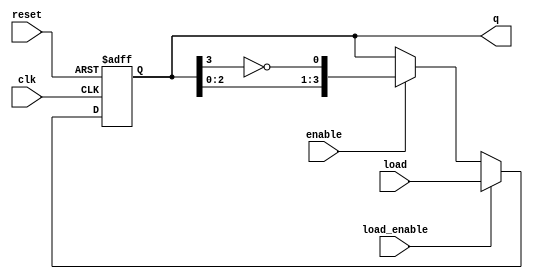
module johnson_counter #(
    parameter N = 4  // Number of flip-flops
)(
    input wire clk,          // Clock input
    input wire reset,        // Asynchronous reset
    input wire enable,       // Enable signal
    input wire [N-1:0] load, // Load input for initializing the counter
    input wire load_enable,   // Load enable signal
    output reg [N-1:0] q     // Counter output
);

    // Internal signal for the inverted output of the last flip-flop
    wire feedback;

    // Invert the output of the last flip-flop
    assign feedback = ~q[N-1];

    always @(posedge clk or posedge reset) begin
        if (reset) begin
            // Asynchronous reset
            q <= 0;
        end else if (load_enable) begin
            // Load the specified value into the counter
            q <= load;
        end else if (enable) begin
            // Shift the counter state
            q <= {q[N-2:0], feedback};
        end
    end

endmodule